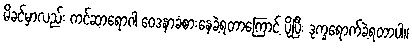
မိခင်မှာလည်း ကင်ဆာရောဂါ ဝေဒနာခံစားနေခဲ့ရတာကြောင့် ပိုပြီး ဒုက္ခရောက်ခဲ့ရတာပါ။